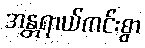
အန္တရာယ်ကင်းစွာ